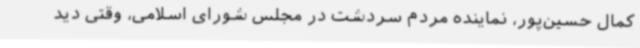
کمال حسین‌پور، نماینده مردم سردشت در مجلس شورای اسلامی، وقتی دید